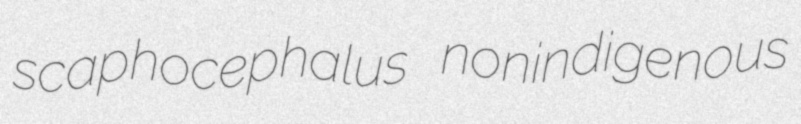
scaphocephalus nonindigenous